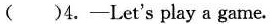
( )4.-Let's play a gane.